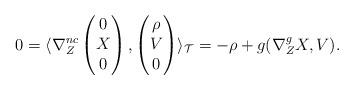
LaTeX: \begin{align*}0 = \langle \nabla_Z^{nc} \begin{pmatrix}0 \\ X \\ 0 \end{pmatrix}, \begin{pmatrix} \rho \\ V \\ 0 \end{pmatrix} \rangle_{\mathcal{T}}= -\rho +g(\nabla_Z^g X,V). \end{align*}